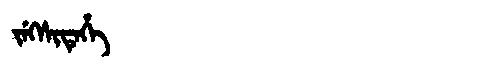
Manchu: ᠵᡝᡴᠰᡳᡨᡝᡥᡝ
Romanization: JEKSITEHE